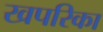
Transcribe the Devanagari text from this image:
खपरिका